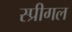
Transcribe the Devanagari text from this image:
स्प्रीगल